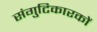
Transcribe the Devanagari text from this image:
संगुटिकारकों